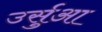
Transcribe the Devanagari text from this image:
उर्सुआ